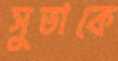
সুতাকে